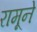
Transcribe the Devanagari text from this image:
रामूने